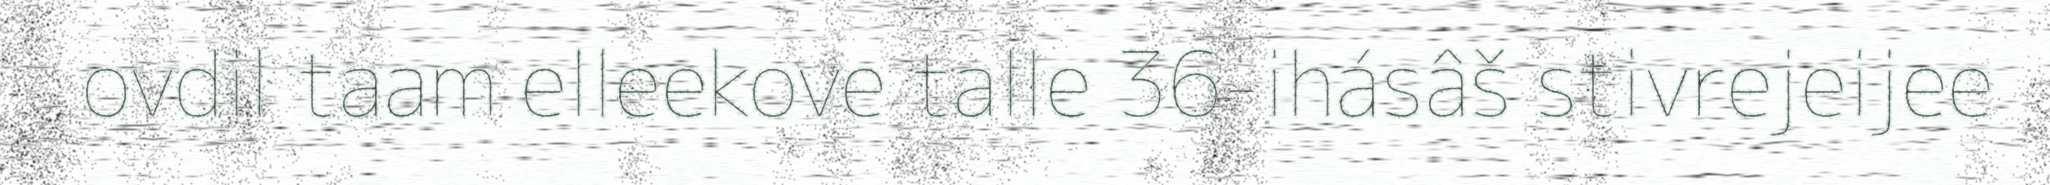
ovdil taam elleekove talle 36-ihásâš stivrejeijee